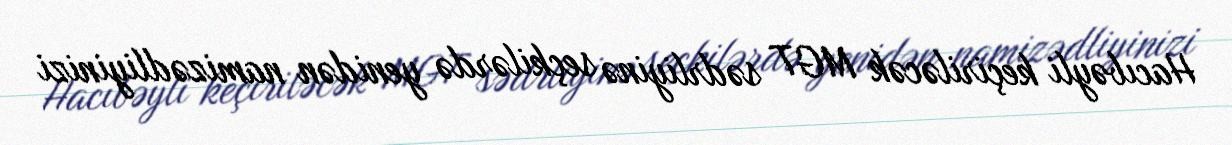
Hacıbəyli keçiriləcək MGT sədrliyinə seçkilərdə yenidən namizədliyinizi